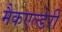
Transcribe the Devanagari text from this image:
मैकएल्डेरी